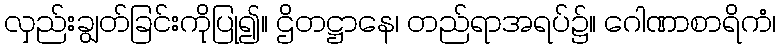
လှည်းချွတ်ခြင်းကိုပြု၍။ ဌိတဋ္ဌာနေ၊ တည်ရာအရပ်၌။ ဂေါဏာစာရိကံ၊